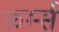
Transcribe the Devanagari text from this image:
फ़र्म्स